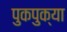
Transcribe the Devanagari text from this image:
पुकपुक्या